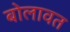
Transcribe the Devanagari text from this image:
बोलावत